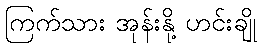
ကြက်သား အုန်းနို့ ဟင်းချို